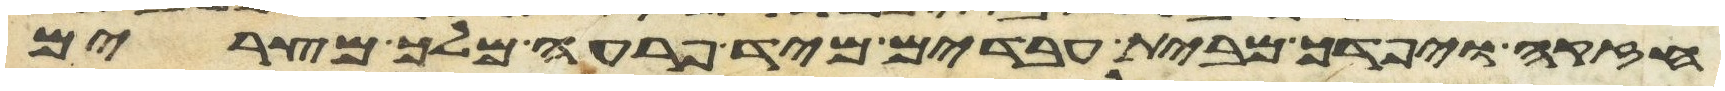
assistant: חזקה ויפדך מבית עבדים מיד פרעה מלך מצרים